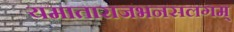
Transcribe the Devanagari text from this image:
यमाताराजभनसलगम्